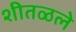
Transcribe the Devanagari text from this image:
शीतळले